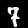
Label: 7